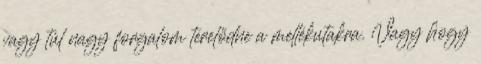
vagy túl nagy forgalom terelődne a mellékutakra. Vagy hogy